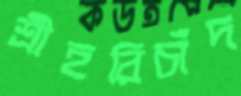
শ্রীহরিচাঁদ